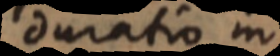
duratio in